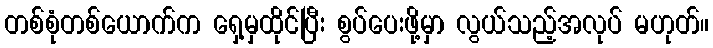
တစ်စုံတစ်ယောက်က ရှေ့မှထိုင်ပြီး စွပ်ပေးဖို့မှာ လွယ်သည့်အလုပ် မဟုတ်။